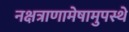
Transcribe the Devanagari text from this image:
नक्षत्राणामेषामुपस्थे